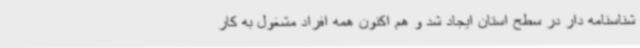
شناسنامه دار در سطح استان ایجاد شد و هم اکنون همه افراد مشغول به کار